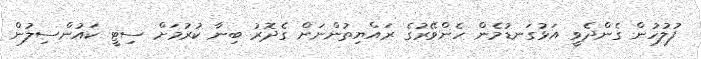
ފުލުހުން ގެންދެވީ އަޅުގަނޑުމެން ހެންވޭރުގެ ރައްޔިތުންނަށް ގެދޮރު ބިނާ ކުރުމަށް ސިޓީ ކައުންސިލުން